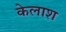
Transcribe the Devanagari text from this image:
केलाश